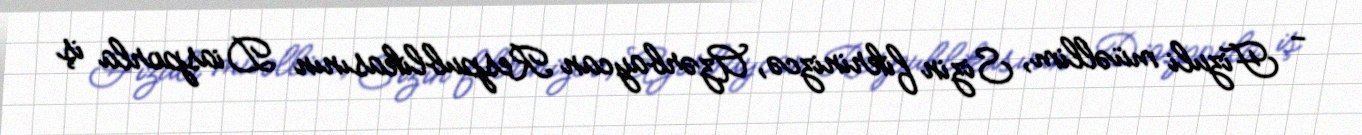
- Fizuli müəllim, Sizin fikrinizcə, Azərbaycan Respublikasının Diasporla iş